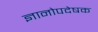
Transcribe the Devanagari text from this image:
ज्ञानोपदेषक